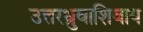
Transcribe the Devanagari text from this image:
उत्तरध्रुवाशिवाय